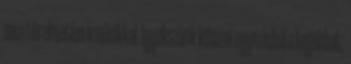
sem türelmetlen a másikkal. Igyekszünk kihozni egymásból a legjobbat,